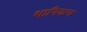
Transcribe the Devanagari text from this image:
भाषिकच